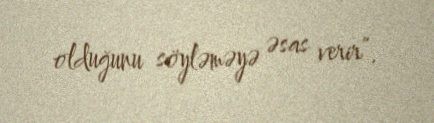
olduğunu söyləməyə əsas verir”.